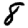
Digit: 8